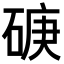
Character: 𥓷